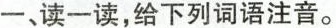
一、读一读，给下列词语注音。